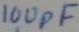
Text: 100pF